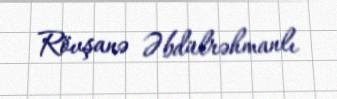
Rövşanə Əbdülrəhmanlı